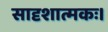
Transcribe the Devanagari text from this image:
सादृशात्मकः।